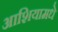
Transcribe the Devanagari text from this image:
आशियामधे